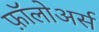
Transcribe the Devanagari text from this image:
फ़ॉलोअर्स